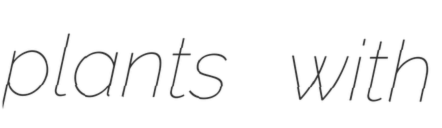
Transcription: plants with